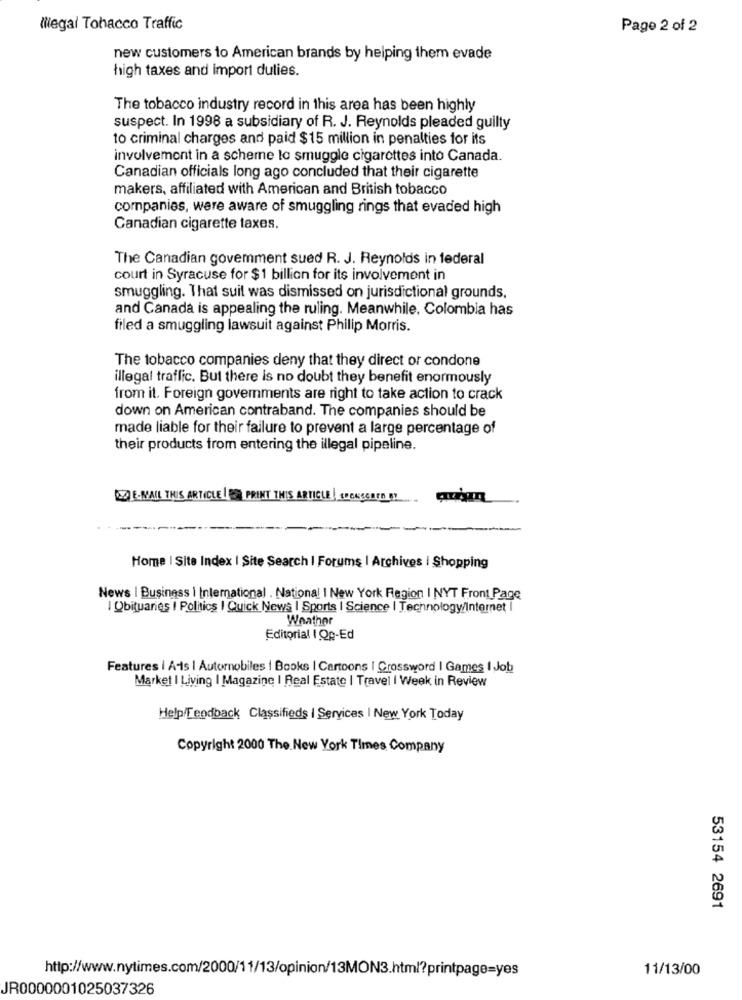
Wllegal Tobacco Traffic
Page 2 of 2
new customers to American brands by helping them evade
high taxes and import duties.
The tobacco industry record in this area has been highly
suspect. In 1998 a subsidiary of R. J. Reynolds pleaded guilty
to criminal charges and paid $15 million in penalties for its
involvement in a scheme lo smuggle cigarettes into Canada.
Canadian officials long ago concluded that their cigarette
makers, affiliated with American and British tobacco
companies, were aware of smuggling rings that evaded high
Canadian cigarette taxes.
The Canadian govemment sued R. J. Reynolds in federal
court in Syracuse for $1 billion for its involvement in
smuggling. That suit was dismissed on jurisdictional grounds.
and Canada is appealing the ruling. Meanwhile, Colombia has
filed a smuggling lawsuit against Philip Morris.
The tobacco companies deny that they direct or condone
illegal traffic. But there is no doubt they benefit enormously
from it. Foreign governments are right to take action to crack
down on American contraband. The companies should be
made liable for their failure to prevent a large percentage of
their products from entering the illegal pipeline.
E-MAIL THIS ARTICLEPRINT THIS ARTICLE COURSEREALLY
Home | Site Index | Site Search | Forums | Archives | Shopping
News | Business | International . National 1 New York Region I NYT Front Page
I Obituaries I Politics | Quick News | Sports | Science | Technology/Internet |
Weather
Editorial I Op-Ed
Features | Ats | Automobiles | Books | Cartoons | Crossword | Games | Job
Market I Living | Magazine | Real Estate | Travel | Week in Review
Help/Teodback Classifieds / Services | New York Today
Copyright 2000 The New York Times Company
53154 2691
http://www.nytimes.com/2000/11/13/opinion/13MON3.html?printpage=yes
11/13/00
JR0000001025037326